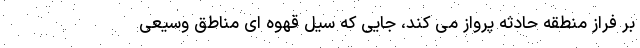
بر فراز منطقه حادثه پرواز می کند، جایی که سیل قهوه ای مناطق وسیعی